Indian journal of veterinary science and animal husbandry - Volumes 15-17, 1948-1951
Year: 1948
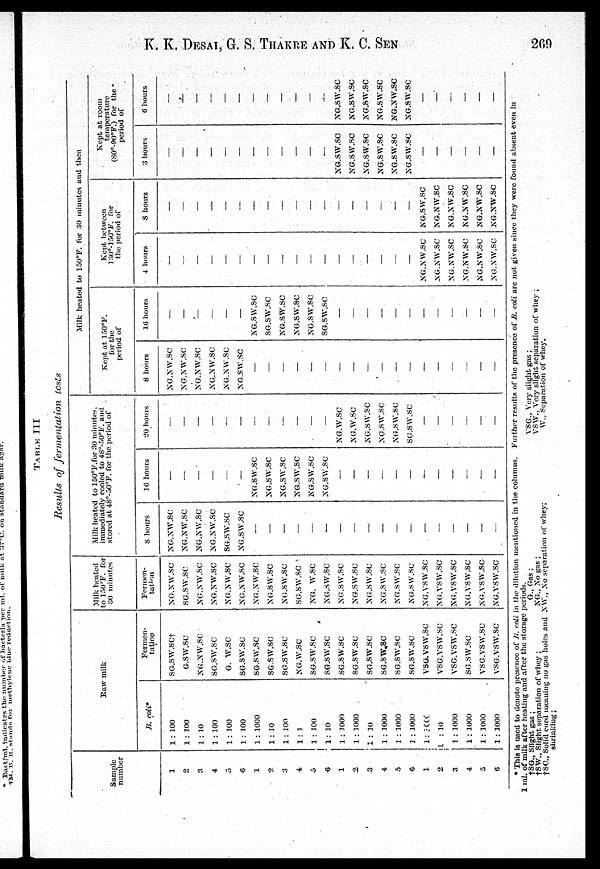
K. K. DESAI, G. S. THAKRE AND K. C. SEN 269
TABLE III
Results of fermentation
tests
Sample
number
1
2
3
4
5
6
1
2
3
4
5
6
1
2
3
4
5
6
1
2
3
4
5
6
Row milk
B. coli*
1 : 100
1 : 100
1 : 10
1 : 100
1 : 100
1 : 100
1 : 1000
1 : 10
1 : 100
1 : 1
1 : 100
1 : 10
1 : 1000
1 : 1000
1 : 10
1 : 1000
1 : 1000
1 : 1000
1 : 1000
1 : 10
1 : 1000
1 : 1000
1 : 1000
1 : 1000
Fermen-
tation
SG.SW.SC†
G.SW.SC
NG.NW.SC
SG.SW.SC
G. W.SC
SG.SW.SC
SG.SW.SC
SG.SW.SC
SG.SW.SC
NG.W.SC
SG.SW.SC
SG.SW.SC
SG.SW.SC
SG.SW.SC
SG.SW.SC
SG.SW.SC
SG.SW.SC
SG.SW.SC
VSG.VSW.SC
VSG.VSW.SC
VSG.VSW.SC
SG.SW.SC
VSG.VSW.SC
VSG.VSW.SC
Milk heated
to 150ºF. for
30 minutes
Fermen-
tation
XG.NW.SC
SG.SW.SC
NG.NW.SC
NG.NW.SC
NG.NW.SC
NG.NW.SC
NG.NW.SC
NG.SW.SC
NG.SW.SC
SG.SW.SC
NG. SW.SC
NG.SW.SC
NG.SW.SC
NG.SW.SC
NG.SW.SC
NG.SW.SC
NG.SW.SC
NG.SW.SC
NG.VSW.SC
NG.VSW.SC
NG.VSW.SC
NG.VSW.SC
NG.VSW.SC
NG.VSW.SC
Milk heated to 150°F.for 30 minutes.
immediately cooled to 48°-50°F. and
stored at 48°-50°F. for the period of
8 hours
NG.SW.SC
NG.SW.SC
NG.SW.SC
NG.SW.SC
NG.SW.SC
NG.SW.SC
—
—
—
—
—
—
—
—
—
—
—
—
—
—
—
—
—
—
16 hours
—
—
—
—
—
—
NG.SW.SC
NG.SW.SC
NG.SW.SC
NG.SW.SC
NG.SW.SC
NG.SW.SC
—
—
—
—
—
—
—
—
—
—
—
—
20 hours
—
—
—
—
—
—
—
—
—
—
—
—
NG.W.SC
NG.W.SC
NG.SW.SC
NG.SW.SC
NG.SW.SC
NG.SW.SC
—
—
—
—
—
—
Milk heatedto 150°F. for 30 minutes and then
Kept at 150ºF. for the
period of
8 hours
NG.NW.SC
NG.NW.SC
NG.NW.SC
NG.NW.SC
NG.NW.SC
NG.SW.SC
—
—
—
—
—
—
—
—
—
—
—
—
—
—
—
—
—
—
16 hours
—
—
—
—
—
—
NG.SW.SC
SG.SW.SC
NG.SW.SC
NG.SW.SC
NG.SW.SC
SG.SW.SC
—
—
—
—
—
—
—
—
—
—
—
—
Kept between 130º -150º F.
for the period of
4 hours
—
—
—
—
—
—
—
—
—
—
—
—
—
—
—
—
—
—
NG.NW.SC
NG.NW.SC
NG.NW.SC
NG.NW.SC
NG.NW.SC
NG.NW.SC
8 hours
—
—
—
—
—
—
—
—
—
—
—
—
—
—
—
—
—
—
NG.NW.SC
NG.NW.SC
NG.NW.SC
NG.NW.SC
NG.NW.SC
NG.NW.SC
Kept at room temperature
(80º-90º F.) for the period
of
3 hours
—
—
—
—
—
—
–
—
—
—
—
—
NG.SW.SC
NG.SW.SC
NG.SW.SC
NG.SW.SC
NG.SW.SC
NG.SW.SC
—
—
—
—
—
—
6 hours
—
—
—
—
—
—
—
—
—
—
—
—
NG.SW.SC
NG.SW.SC
NG.SW.SC
NG.SW.SC
NG.NW.SC
NG.SW.SC
—
—
—
—
—
—
* This is used to denote presence of Ji. coli. in the dilution mentioned in the columns.
1 ml. of milk after heating and after the storage periods.
†SG„ Slight gas ;
G., Gas ;
†SW., Slight separation of whey ;
NG.,
No
gas ;
†SC, Solid curd meaning no gas holes and NW., No separation of whey;
sluiakiug;
Further results of the presence of Ji. coli are not given since they were found absent even in
VSG., Very slight gas ;
VSW., Very slight separation of whey ;
W., Separation of whey.